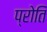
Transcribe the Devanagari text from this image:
प्रोति